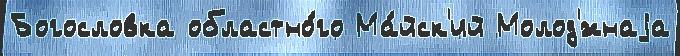
Богословка областно́го Ма́йск'ий Молод'́жнаjа